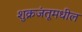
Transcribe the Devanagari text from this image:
शुक्रजंतूमधील